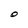
Character: O